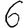
Digit: 6